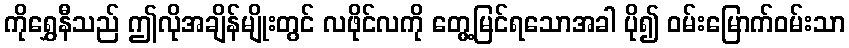
ကိုရွှေနီသည် ဤလိုအချိန်မျိုးတွင် လဖိုင်လကို တွေ့မြင်ရသောအခါ ပို၍ ဝမ်းမြောက်ဝမ်းသာ